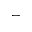
^ -